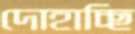
দোহাচ্ছি